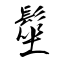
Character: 髽